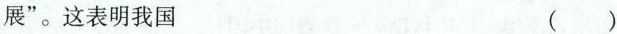
展”。这表明我国 ( )